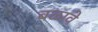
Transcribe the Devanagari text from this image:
बळावे